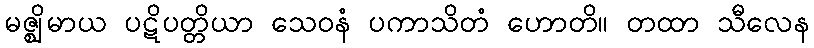
မဇ္ဈိမာယ ပဋိပတ္တိယာ သေဝနံ ပကာသိတံ ဟောတိ။ တထာ သီလေန